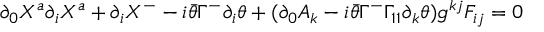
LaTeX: \partial _ { 0 } X ^ { a } \partial _ { i } X ^ { a } + \partial _ { i } X ^ { - } - i \bar { \theta } \Gamma ^ { - } \partial _ { i } \theta + ( \partial _ { 0 } A _ { k } - i \bar { \theta } \Gamma ^ { - } \Gamma _ { 1 1 } \partial _ { k } \theta ) g ^ { k j } F _ { i j } = 0